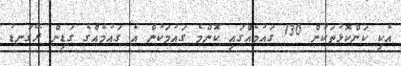
އެކި ކަންކޮޅުތަކުން 130 ގައުމެއްގައި ކޮންމެ ގައުމަކުން އެ ގައުމެއްގެ ގަޑިން ރޭގަނޑު